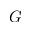
G